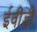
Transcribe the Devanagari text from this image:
ईवीडी